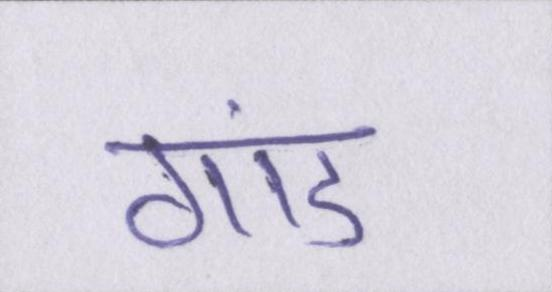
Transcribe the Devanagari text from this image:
गांड